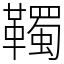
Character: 䪅